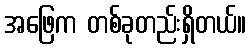
အဖြေက တစ်ခုတည်းရှိတယ်။